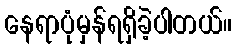
နေရာပုံမှန်ရရှိခဲ့ပါတယ်။